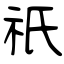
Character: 祇